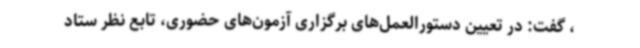
، گفت: در تعیین دستورالعمل‌های برگزاری آزمون‌های حضوری، تابع نظر ستاد